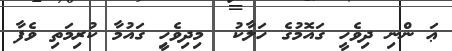
ޢަ ންނި ދިވެހީ ގައޮމުގެ ހަލާކު  މިިދިިވެހީި ގައުމާ ކުރިމަތިި ވެފާ